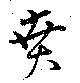
賁